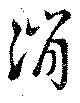
消